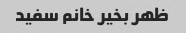
ظهر بخیر خانم سفید